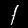
Label: 1